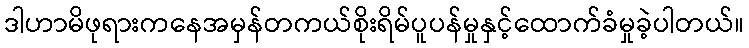
ဒါဟာမိဖုရားကနေအမှန်တကယ်စိုးရိမ်ပူပန်မှုနှင့်ထောက်ခံမှုခဲ့ပါတယ်။